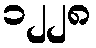
၁၂၂၈